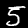
Label: 5